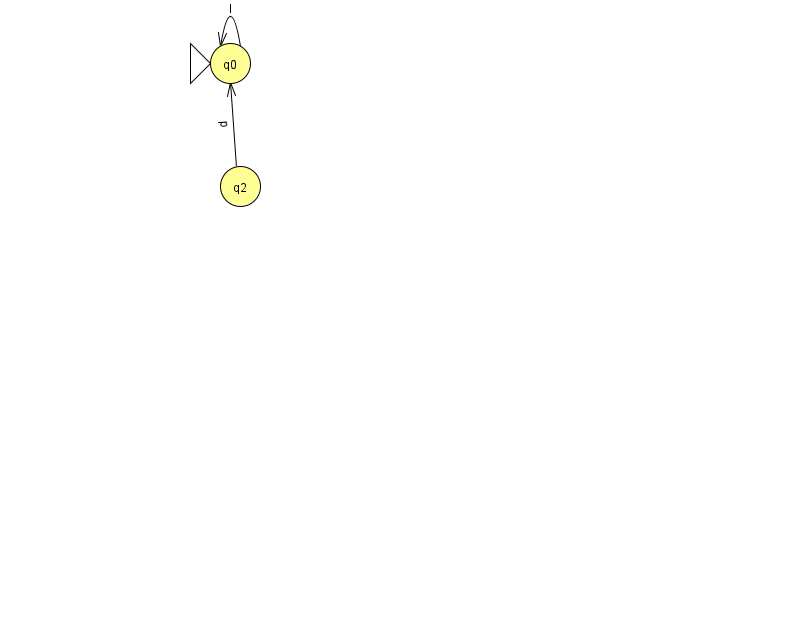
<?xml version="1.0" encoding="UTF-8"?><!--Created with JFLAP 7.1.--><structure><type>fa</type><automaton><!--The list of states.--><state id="0" name="q0"><x>230.0</x><y>50.0</y><initial/></state><state id="2" name="q2"><x>240.0</x><y>173.0</y></state><!--The list of transitions.--><transition><from>0</from><to>0</to><read>l</read></transition><transition><from>2</from><to>0</to><read>p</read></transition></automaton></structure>